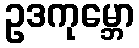
ဥဒကုမ္ဘော